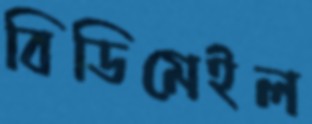
বিডিমেইল